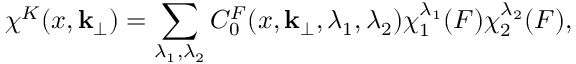
\chi ^ { K } ( x , { \bf k } _ { \perp } ) = \sum _ { \lambda _ { 1 } , \lambda _ { 2 } } C _ { 0 } ^ { F } ( x , { \bf k } _ { \perp } , \lambda _ { 1 } , \lambda _ { 2 } ) \chi _ { 1 } ^ { \lambda _ { 1 } } ( F ) \chi _ { 2 } ^ { \lambda _ { 2 } } ( F ) ,